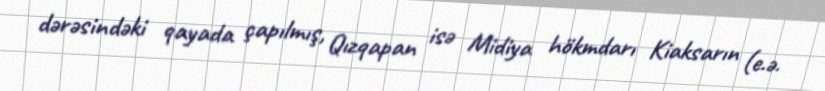
dərəsindəki qayada çapılmış, Qızqapan isə Midiya hökmdarı Kiaksarın (e.ə.